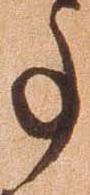
事